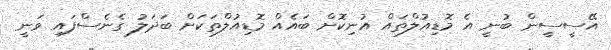
އޭސީސީން ބުނީ އެ މޮޑިއުލްތައް އުނިކޮށް ބައެއް މޮޑިއުލްތަކަށް ބަދަލު ގެނެސްފައި ވަނީ